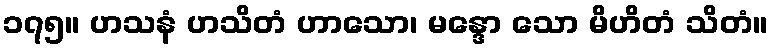
၁၇၅။ ဟသနံ ဟသိတံ ဟာသော၊ မန္ဒော သော မိဟိတံ သိတံ။